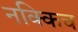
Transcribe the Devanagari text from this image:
नक्किच